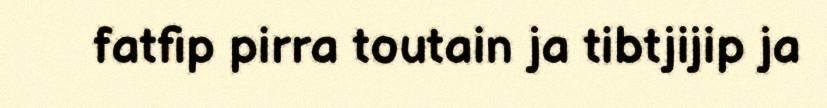
fatfip pirra toutain ja tibtjijip ja